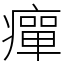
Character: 癉